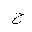
Letter: _ha